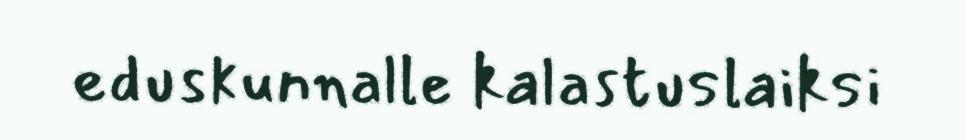
eduskunnalle kalastuslaiksi